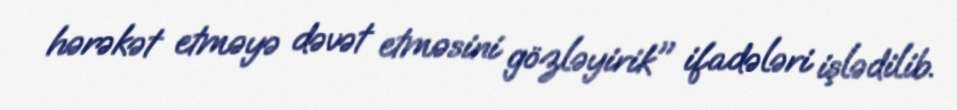
hərəkət etməyə dəvət etməsini gözləyirik" ifadələri işlədilib.